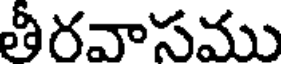
తీరవాసము